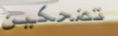
تضحكين